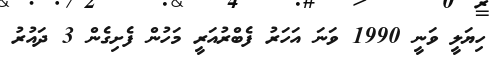
ހިޔަލީ ވަނީ 1990 ވަނަ އަހަރު ފެބްރުއަރީ މަހުން ފެށިގެން 3 ދައުރު